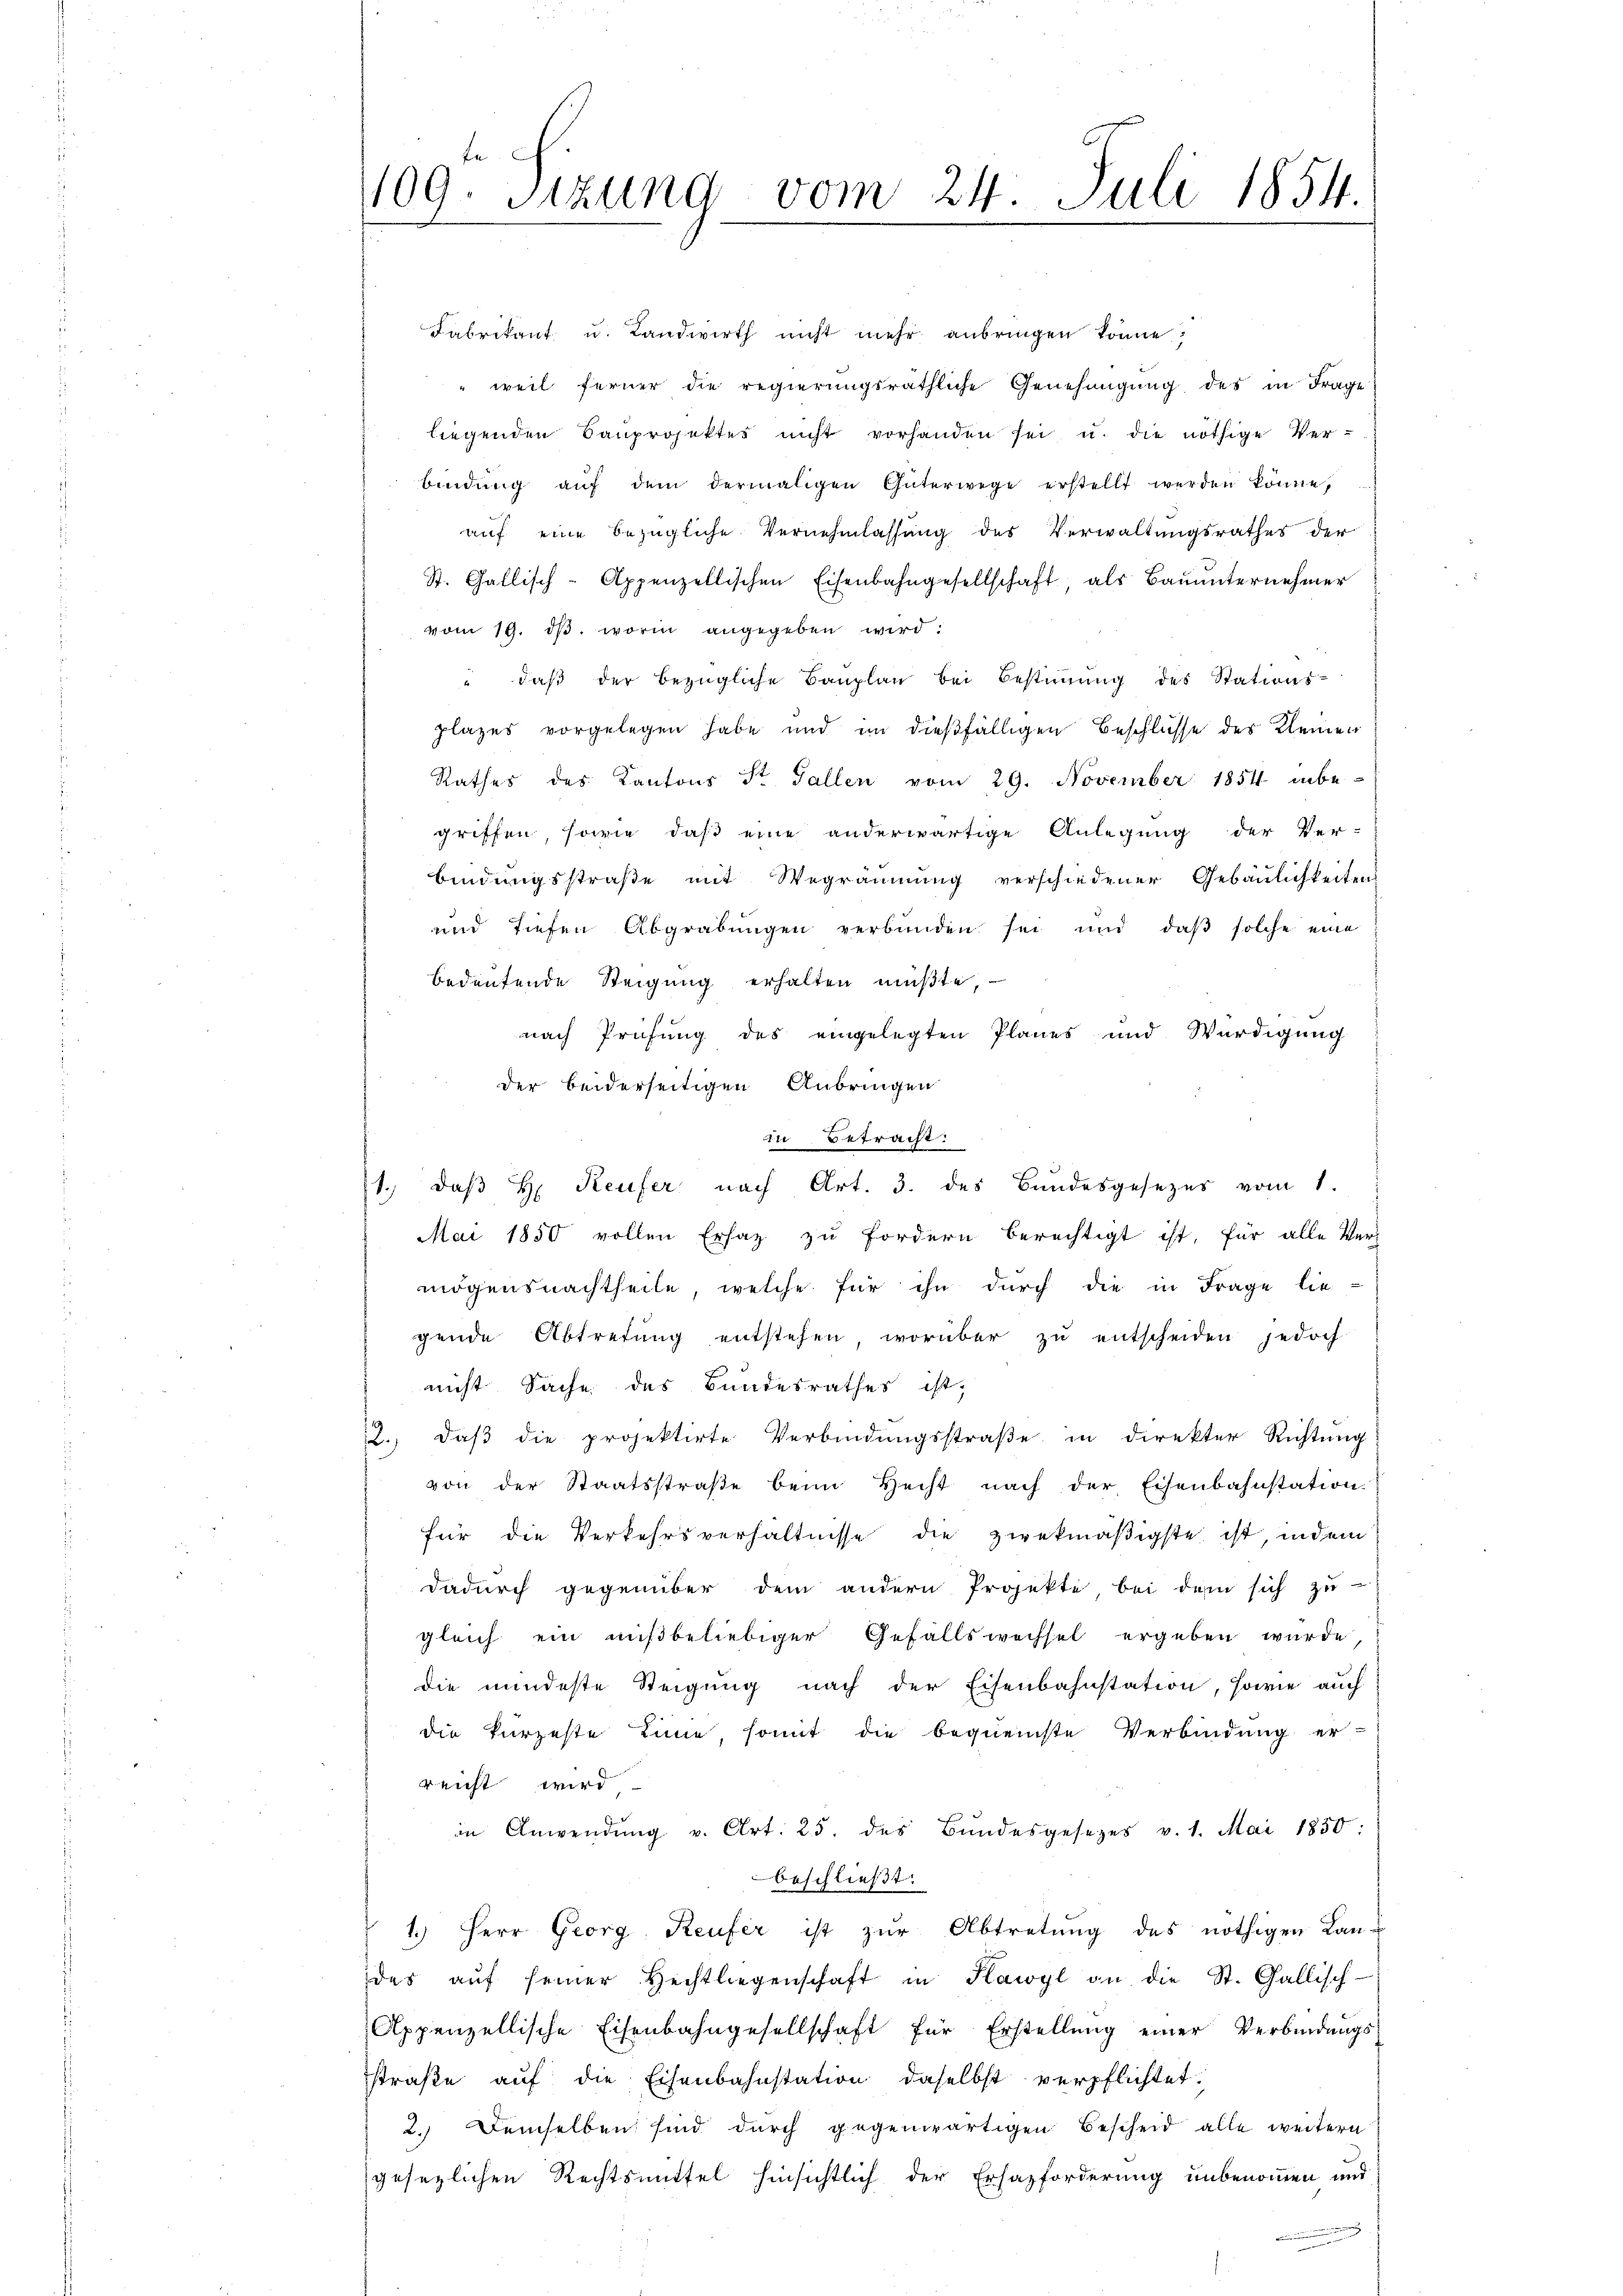
109. Sitzung vom 24. Juli 1854.

Fabrikant u. Landwirth nicht mehr anbringen könne,
 weil ferner die regierungsräthliche Genehmigung des in Frage
liegenden Bauprojektes nicht vorhanden sei u. die nöthige Ver-
bindŭng aŭf dem dermaligen Güterwege erstellt werden könne,
auf eine bezügliche Vernehmlassung des Verwaltungsrathes der
St. Gallisch-Appenzellischen Eisenbahngesellschaft als Baŭŭnternehmer
vom 19. dβ. worin angegeben wird:
" daβ der bezügliche Bauplan bei Bestimmung des Stations-
plazes vorgelegen habe und im dießfälligen Beschlüsse des Kleinen
Rathes des Kantons St. Gallen vom 29. November 1854 inbe-
griffen, sowie daß eine anderwärtige Anlegung der Ver-
bindungsstraße mit Wegräumung verschiedener Gebäulichkeitens
und tiefen Abgrabungen verbunden sei und daß solche eine
bedeutende Steigung erhalten müßte,
nach Prüfung des eingelegten Planes und Würdigung
der beiderseitigen Anbringen
in Betracht:
1., daß H: Reufer nach Art. 3. des Bundesgesezes vom 1.
Mai 1850 vollen Ersaz zu fordern berechtigt ist, für alle Ver-
mögensnachtheile, welche für ihn durch die in Frage lie-
gende Abtretung entstehen, worüber zu entscheiden jedoch
nicht Sache des Bundesrathes ist,
2., daß die projektirte Verbindungsstraße in direkter Richtung
von der Staatsstraβe beim Hecht nach der Eisenbahnstation
für die Verkehrsverhältnisse die zwekmäßigste ist, indem
dadurch gegenüber dem andern Projekte bei dem sich zu
gleich ein mißbeliebiger Gefällswechsel ergeben wurde,
die mindeste Steigung nach der Eisenbahnstation, sowie auch
die kurzeste Linie, somit die bequemste Verbindung er-
reicht wird
in Anwendŭng v. Art. 25. des Bŭndesgesetzes v. 1. Mai 1850:
beschließt:
1.) Herr Georg Reufer ist zŭr Abtretŭng des nöthigen Kan-
des aŭf seiner Hechtliegenschaft in Kawyl an die St. Gallisch-
Appenzellische Eisenbahngesellschaft für Erstellŭng einer Verbindungs-
straße auf die Eisenbahnstation daselbst verpflichtet:
2.) Demselben sind durch gegenwärtigen Bescheid alle weitern
gesezlichen Rechtsmittel hinsichtlich der Ersazforderung unbenommen und